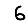
Digit: 6